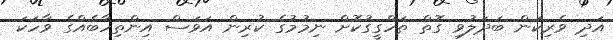
އަދި ވެރިކަން ބަދަލުވި ގޮތް ތަހްގީގުކޮށް ނިމުމުގެ ކުރިން އަވަސް އިންތިހާބެއްގެ ވާހަކަ